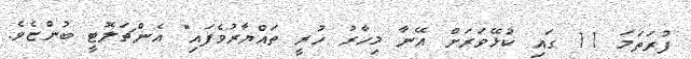
ފުރަތަމަ 11 ގައި ކުޅޭވަރަށް އޭނާ މިހާރު ހުރީ ތައްޔާރުވެފައި" އެންޗަލޮޓީ ބުންޏެވެ.